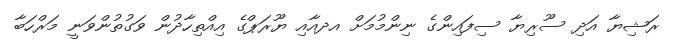
ރަޝިޔާ އަދި ސޫރިޔާ ސިފައިންގެ ނިންމުމަށް އދއާއި ޔޫރަޕްގެ އިއްތިހާދުން ވަގުތުންވަނީ މަރްހަބާ